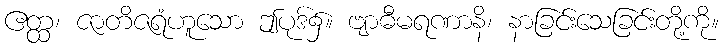
ဧတ္ထ၊ ဇာတိဇရံဟူသော ဤပုဒ်၌။ ဗျာဓီမရဏာနိ၊ နာခြင်းသေခြင်းတို့ကို။